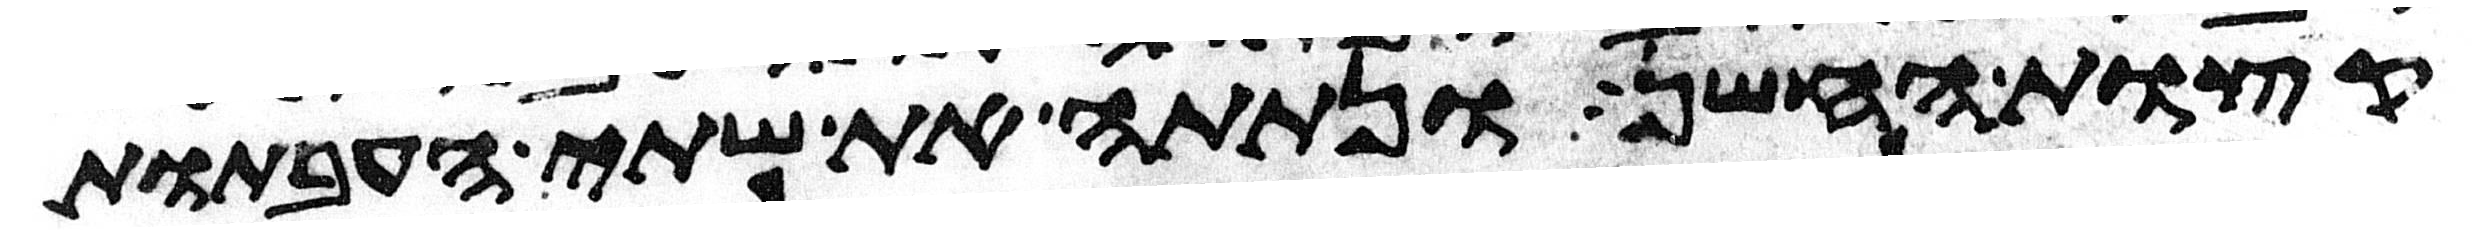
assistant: קצות החשן ונתתה את שתי העבתות